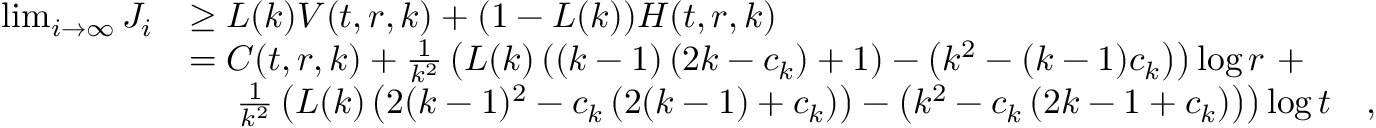
\begin{array} { r l r } { \operatorname* { l i m } _ { i \to \infty } J _ { i } } & { \ge L ( k ) V ( t , r , k ) + ( 1 - L ( k ) ) H ( t , r , k ) } \\ & { = C ( t , r , k ) + \frac { 1 } { k ^ { 2 } } \left( L ( k ) \left( ( k - 1 ) \left( 2 k - c _ { k } \right) + 1 \right) - \left( k ^ { 2 } - ( k - 1 ) c _ { k } \right) \right) \log r \ + } \\ & { \ \ \ \ \frac { 1 } { k ^ { 2 } } \left( L ( k ) \left( 2 ( k - 1 ) ^ { 2 } - c _ { k } \left( 2 ( k - 1 ) + c _ { k } \right) \right) - \left( k ^ { 2 } - c _ { k } \left( 2 k - 1 + c _ { k } \right) \right) \right) \log t } & { , } \end{array}